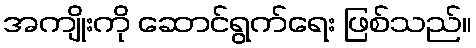
အကျိုးကို ဆောင်ရွက်ရေး ဖြစ်သည်။